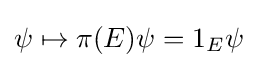
\psi \mapsto \pi (E)\psi =1_{E}\psi